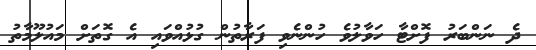
ދެ ނަންބަރު ފޮށްޓާ ހަވާލުވެ ހުންނެވި ފަރާތުން ގުޅުއްވައި އެ ގޮތަށް މައުލޫމާތު